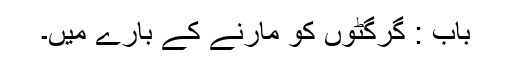
باب : گرگٹوں کو مارنے کے بارے میں۔